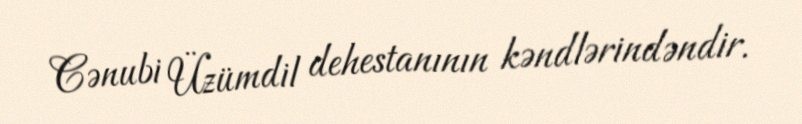
Cənubi Üzümdil dehestanının kəndlərindəndir.